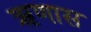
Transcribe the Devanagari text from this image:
ऋणास